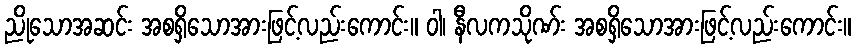
ညိုသောအဆင်း အစရှိသောအားဖြင့်လည်းကောင်း။ ဝါ၊ နီလကသိုဏ်း အစရှိသောအားဖြင့်လည်းကောင်း။